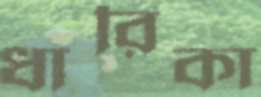
ধারিকা